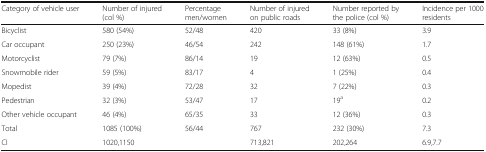
<table><thead><tr><td><b>Category of vehicle user</b></td><td><b>Number of injured (col %)</b></td><td><b>Percentage men/women</b></td><td><b>Number of injured on public roads</b></td><td><b>Number reported by the police (col %)</b></td><td><b>Incidence per 1000 residents</b></td></tr></thead><tbody><tr><td>Bicyclist</td><td>580 (54%)</td><td>52/48</td><td>420</td><td>33 (8%)</td><td>3.9</td></tr><tr><td>Car occupant</td><td>250 (23%)</td><td>46/54</td><td>242</td><td>148 (61%)</td><td>1.7</td></tr><tr><td>Motorcyclist</td><td>79 (7%)</td><td>86/14</td><td>19</td><td>12 (63%)</td><td>0.5</td></tr><tr><td>Snowmobile rider</td><td>59 (5%)</td><td>83/17</td><td>4</td><td>1 (25%)</td><td>0.4</td></tr><tr><td>Mopedist</td><td>39 (4%)</td><td>72/28</td><td>32</td><td>7 (22%)</td><td>0.3</td></tr><tr><td>Pedestrian</td><td>32 (3%)</td><td>53/47</td><td>17</td><td>19<sup>a</sup></td><td>0.2</td></tr><tr><td>Other vehicle occupant</td><td>46 (4%)</td><td>65/35</td><td>33</td><td>12 (36%)</td><td>0.3</td></tr><tr><td>Total</td><td>1085 (100%)</td><td>56/44</td><td>767</td><td>232 (30%)</td><td>7.3</td></tr><tr><td>CI</td><td>1020,1150</td><td></td><td>713,821</td><td>202,264</td><td>6.9,7.7</td></tr></tbody></table>